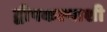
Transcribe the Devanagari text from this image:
द्वीपकल्पाशी